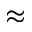
\approx